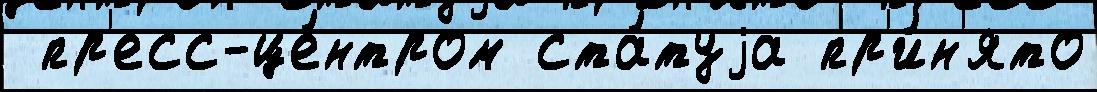
 пр'есс-це́нтром ста́туjа пр'и́н'ято